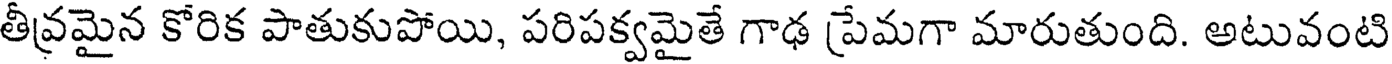
తీవ్రమైన కోరిక పాతుకుపోయి, పరిపక్వమైతే గాఢ ప్రేమగా మారుతుంది. అటువంటి